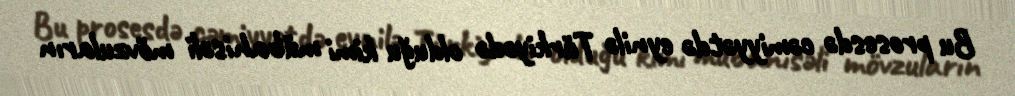
Bu prosesdə cəmiyyətdə eynilə Türkiyədə olduğu kimi mübahisəli mövzuların